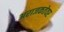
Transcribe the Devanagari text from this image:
अराजकतेवर